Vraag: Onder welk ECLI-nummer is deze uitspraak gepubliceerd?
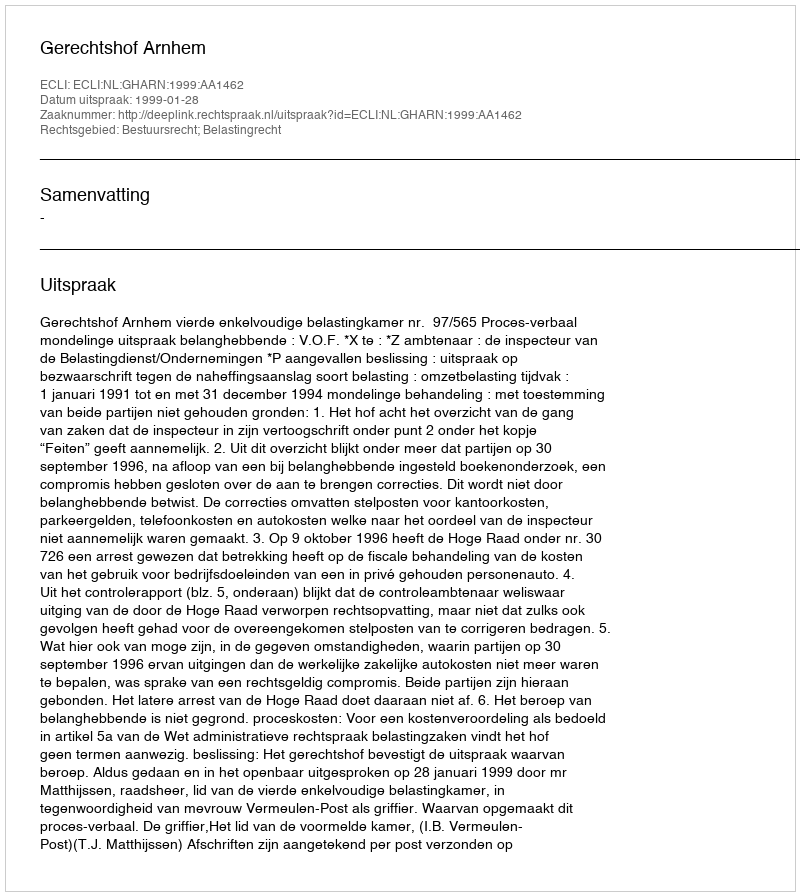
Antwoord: ECLI:NL:GHARN:1999:AA1462